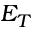
E _ { T }